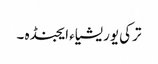
ترکی یوریشیاء ایجنڈہ ۔